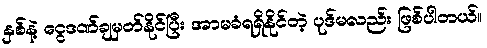
နှစ်နဲ့ ငွေဒဏ်ချမှတ်နိုင်ပြီး အာမခံရရှိနိုင်တဲ့ ပုဒ်မလည်း ဖြစ်ပါတယ်။